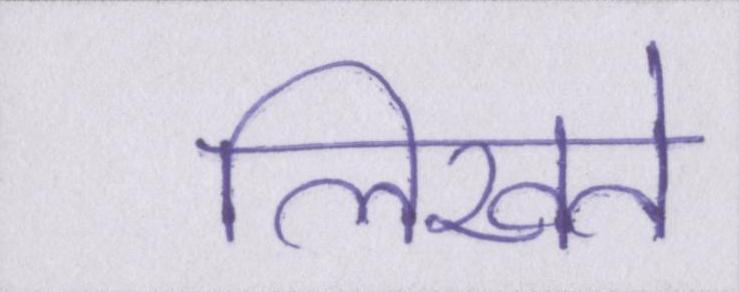
लिखते